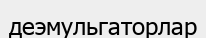
деэмульгаторлар